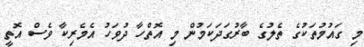
މި ގައުމުތަކުގެ ތެލުގެ ބާރުގަދަކަމުން މި އޮތްހާ ދުވަހު އެމެރިކާ ވެސް އޮތީ